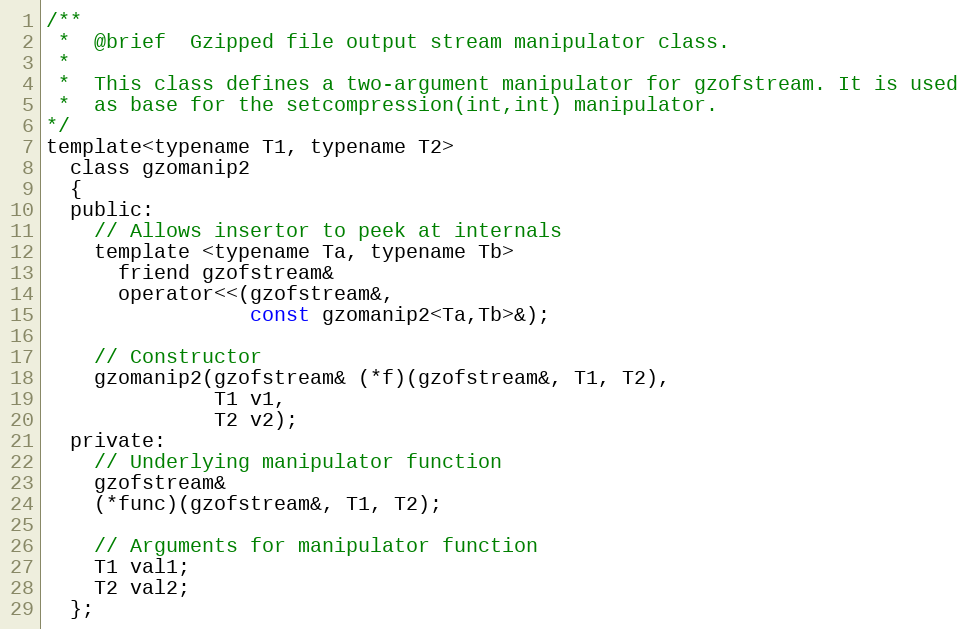
Language: C
/**
 *  @brief  Gzipped file output stream manipulator class.
 *
 *  This class defines a two-argument manipulator for gzofstream. It is used
 *  as base for the setcompression(int,int) manipulator.
*/
template<typename T1, typename T2>
  class gzomanip2
  {
  public:
    // Allows insertor to peek at internals
    template <typename Ta, typename Tb>
      friend gzofstream&
      operator<<(gzofstream&,
                 const gzomanip2<Ta,Tb>&);

    // Constructor
    gzomanip2(gzofstream& (*f)(gzofstream&, T1, T2),
              T1 v1,
              T2 v2);
  private:
    // Underlying manipulator function
    gzofstream&
    (*func)(gzofstream&, T1, T2);

    // Arguments for manipulator function
    T1 val1;
    T2 val2;
  };